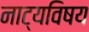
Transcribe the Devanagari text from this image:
नाट्यविषय